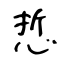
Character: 悊